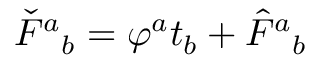
\check { F } { } ^ { a } { } _ { b } = \varphi ^ { a } t _ { b } + \hat { F } { } ^ { a } { } _ { b }